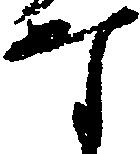
な